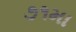
૭૧મા